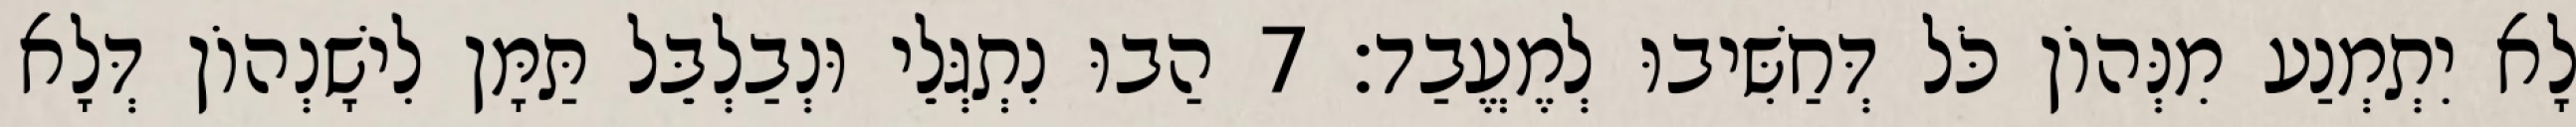
לָא יִתְמְנַע מִנְּהוֹן כֹּל דְּחַשִּׁיבוּ לְמֶעֱבַד׃ 7 הַבוּ נִתְגְּלֵי וּנְבַלְבֵּל תַּמָּן לִישָׁנְהוֹן דְּלָא